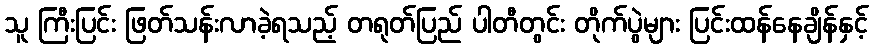
သူ ကြီးပြင်း ဖြတ်သန်းလာခဲ့ရသည့် တရုတ်ပြည် ပါတီတွင်း တိုက်ပွဲများ ပြင်းထန်နေချိန်နှင့်